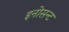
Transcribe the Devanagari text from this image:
इनोसन्ट